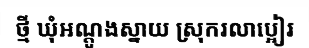
ថ្មី ឃុំអណ្តូងស្នាយ ស្រុករលាប្អៀរ